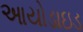
આયોડાઇડ